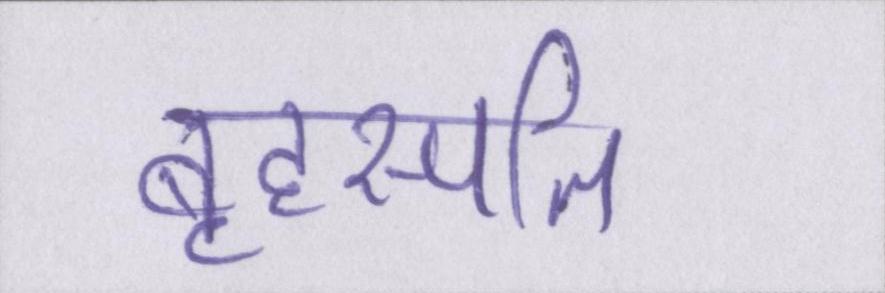
बृहस्पति